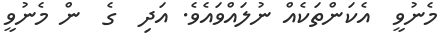
މެނުވީ  އެކަންތަކެއް ނުލައްވައެވެ. އަދި  ގެ  ން މެނުވީ